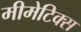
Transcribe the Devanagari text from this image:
मीमेटिक्स